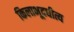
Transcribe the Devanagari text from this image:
किलाभूदधीत्य